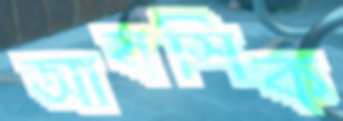
আবসিক